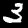
Digit: 3